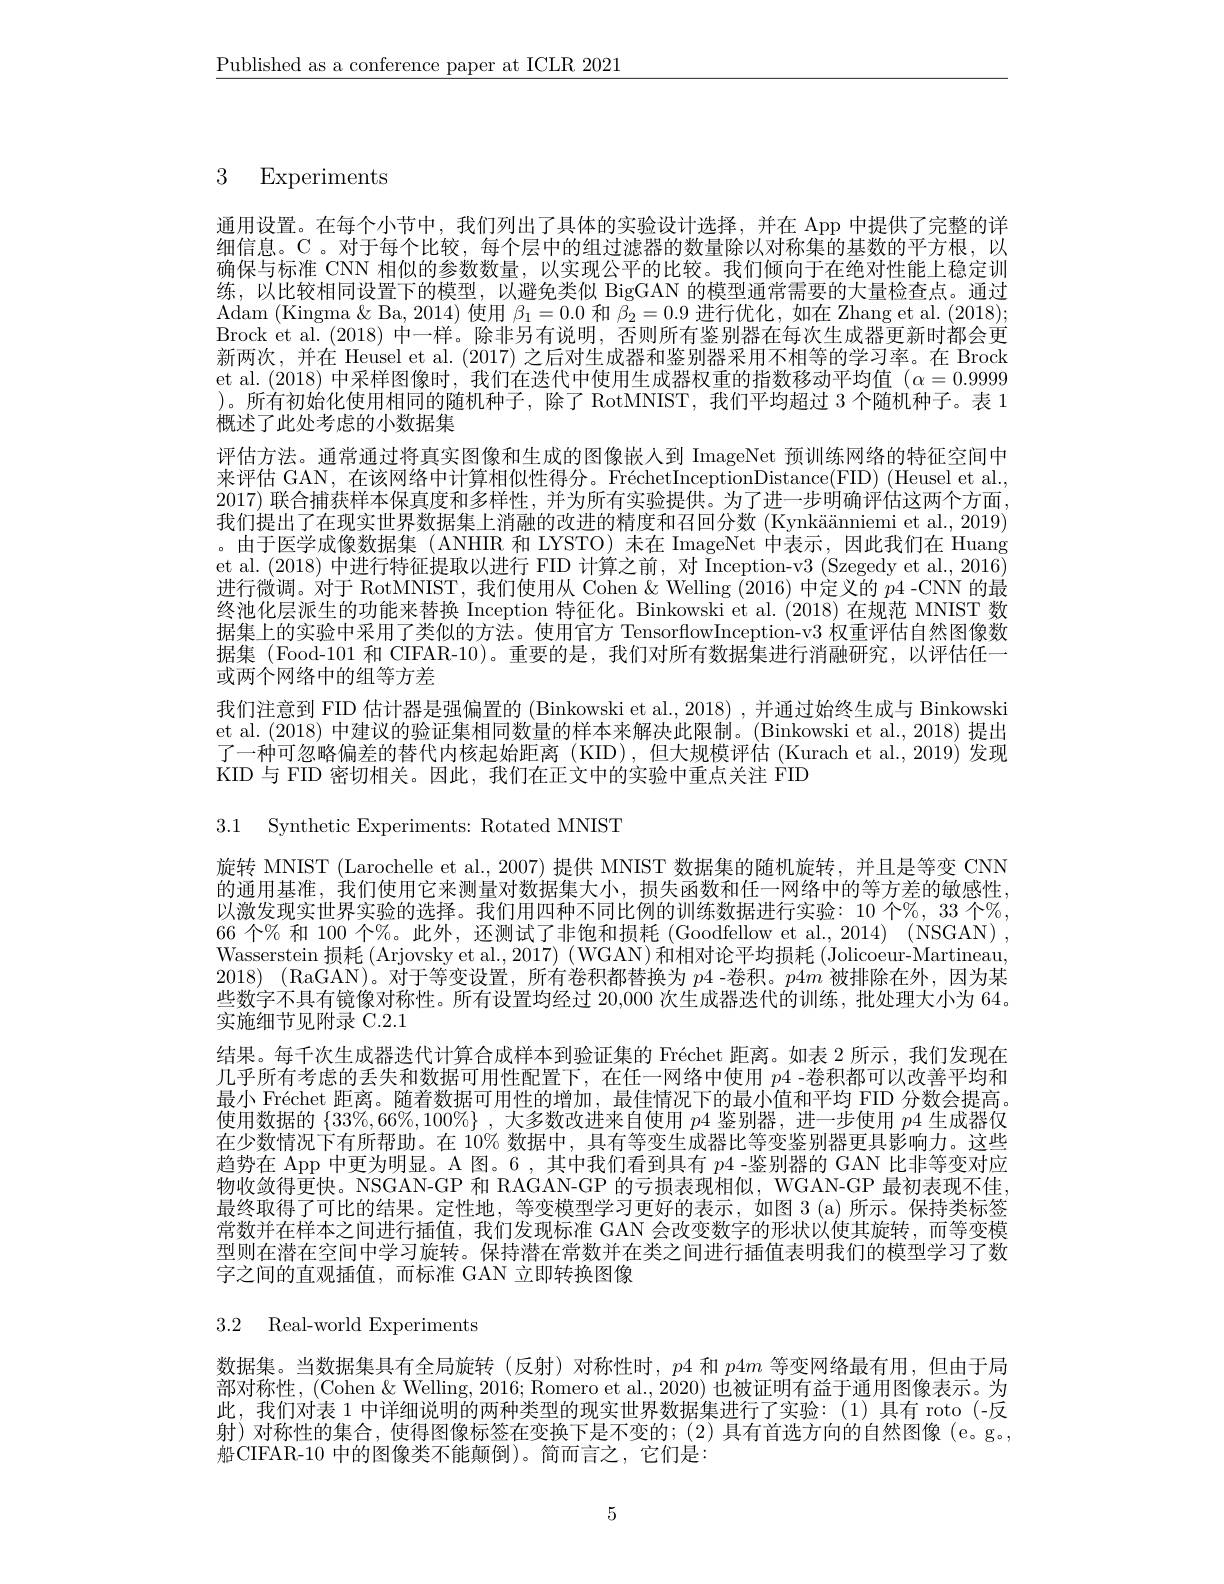
$\underline{\text{Published as a conference paper at ICLR 2021}}$

3 Experiments

通用设置。在每个小节中，我们列出了具体的实验设计选择，并在 App 中提供了完整的详细信息。C。对于每个比较，每个层中的组过滤器的数量除以对称集的基数的平方根，以确保与标准 CNN 相似的参数数量，以实现公平的比较。我们倾向于在绝对性能上稳定训练，以比较相同设置下的模型，以避免类似 BigGAN 的模型通常需要的大量检查点。通过Adam (Kingma $\&$ Ba, 2014) 使用$\beta_1=0.0$和$\beta_2=0.9$进行优化，如在 Zhang et al. (2018); Brock et al. (2018) 中一样。除非另有说明，否则所有鉴别器在每次生成器更新时都会更新两次，并在 Heusel et al. (2017) 之后对生成器和鉴别器采用不相等的学习率。在 Brock et al. (2018) 中采样图像时，我们在迭代中使用生成器权重的指数移动平均值$(\alpha=0.9999$ )。所有初始化使用相同的随机种子，除了 RotMNIST, 我们平均超过 3 个随机种子。表 1概述了此处考虑的小数据集
评估方法。通常通过将真实图像和生成的图像嵌人到 ImageNet 预训练网络的特征空间中来评估 GAN, 在该网络中计算相似性得分。FréchetInceptionDistance(FID) (Heusel et al. 2017)联合捕获样本保真度和多样性，并为所有实验提供。为了进一步明确评估这两个方面， 我们提出了在现实世界数据集上消融的改进的精度和召回分数 (Kynkäänniemi et al., 2019) 。由于医学成像数据集 (ANHIR 和 LYSTO) 未在 ImageNet 中表示，因此我们在 Huang et al. (2018) 中进行特征提取以进行 FID 计算之前，对 Inception-v3 (Szegedy et al., 2016) 进行微调。对于 RotMNIST, 我们使用从 Cohen &Welling (2016) 中定义的 p4 -CNN 的最终池化层派生的功能来替换 Inception 特征化。Binkowski et al.(2018)在规范 MNIST 数据集上的实验中采用了类似的方法。使用官方 TensorflowInception-v3 权重评估自然图像数据集 (Food-101 和 CIFAR-10)。重要的是，我们对所有数据集进行消融研究，以评估任一或两个网络中的组等方差
我们注意到 FID 估计器是强偏置的 (Binkowski et al., 2018) , 并通过始终生成与 Binkowski et al. (2018) 中建议的验证集相同数量的样本来解决此限制。(Binkowski et al., 2018) 提出了一种可忽略偏差的替代内核起始距离(KID),但大规模评估 (Kurach et al.,2019) 发现KID 与 FID 密切相关。因此，我们在正文中的实验中重点关注 FID

3.1 Synthetic Experiments: Rotated MNIST

旋转 MNIST (Larochelle et al., 2007) 提供 MNIST 数据集的随机旋转，并且是等变 CNN 的通用基准，我们使用它来测量对数据集大小，损失函数和任一网络中的等方差的敏感性， 以激发现实世界实验的选择。我们用四种不同比例的训练数据进行实验：10 个%, 33 个%, 66 个% 和 100 个%。此外，还测试了非饱和损耗 (Goodfellow et al., 2014) (NSGAN) , Wasserstein 损耗 (Arjovsky et al., 2017) ( WGAN) 和相对论平均损耗 (Jolicoeur-Martineau, 2018) (RaGAN)。对于等变设置，所有卷积都替换为$p4$ -卷积。$p4m$被排除在外，因为某些数字不具有镜像对称性。所有设置均经过 20,000 次生成器迭代的训练，批处理大小为 64。实施细节见附录 C.2.1
结果。每千次生成器迭代计算合成样本到验证集的 Fréchet 距离。如表 2 所示，我们发现在几乎所有考虑的丢失和数据可用性配置下，在任一网络中使用$p$4 -卷积都可以改善平均和最小 Fréchet 距离。随着数据可用性的增加，最佳情况下的最小值和平均 FID 分数会提高。使用数据的$\{33\%,66\%,100\%\}$ ,大多数改进来自使用$p$4 鉴别器，进一步使用$p$4 生成器仅在少数情况下有所帮助。在 10% 数据中，具有等变生成器比等变鉴别器更具影响力。这些趋势在 App 中更为明显。A 图。6 , 其中我们看到具有$p$4 -鉴别器的 GAN 比非等变对应物收敛得更快。NSGAN-GP 和 RAGAN-GP 的亏损表现相似，WGAN-GP 最初表现不佳. 最终取得了可比的结果。定性地，等变模型学习更好的表示，如图 3 (a)所示。保持类标签常数并在样本之间进行插值，我们发现标准 GAN 会改变数字的形状以使其旋转，而等变模型则在潜在空间中学习旋转。保持潜在常数并在类之间进行插值表明我们的模型学习了数字之间的直观插值，而标准 GAN 立即转换图像

3.2 Real-world Experiments

数据集。当数据集具有全局旋转(反射)对称性时，$p4$和$p4m$等变网络最有用，但由于局部对称性，(Cohen&Welling, 2016; Romero et al., 2020) 也被证明有益于通用图像表示。为此，我们对表 1 中详细说明的两种类型的现实世界数据集进行了实验：(1)具有 roto(-反射)对称性的集合，使得图像标签在变换下是不变的；(2)具有首选方向的自然图像(e。g。, 船CIFAR-10 中的图像类不能颠倒)。简而言之，它们是：

5